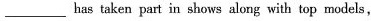
___has taken part in shows along with top models,